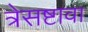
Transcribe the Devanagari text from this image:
त्रेसष्टावा